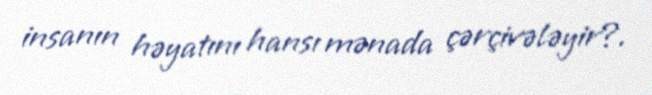
insanın həyatını hansı mənada çərçivələyir?.